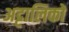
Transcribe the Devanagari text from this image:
अट्टालिकों